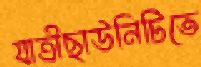
যাত্রীছাউনিটিতে